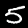
Label: 5